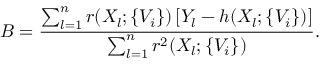
B = \frac { \sum _ { l = 1 } ^ { n } r ( X _ { l } ; \{ V _ { i } \} ) \left[ Y _ { l } - h ( X _ { l } ; \{ V _ { i } \} ) \right] } { \sum _ { l = 1 } ^ { n } r ^ { 2 } ( X _ { l } ; \{ V _ { i } \} ) } .